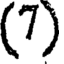
(7)